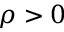
\rho > 0